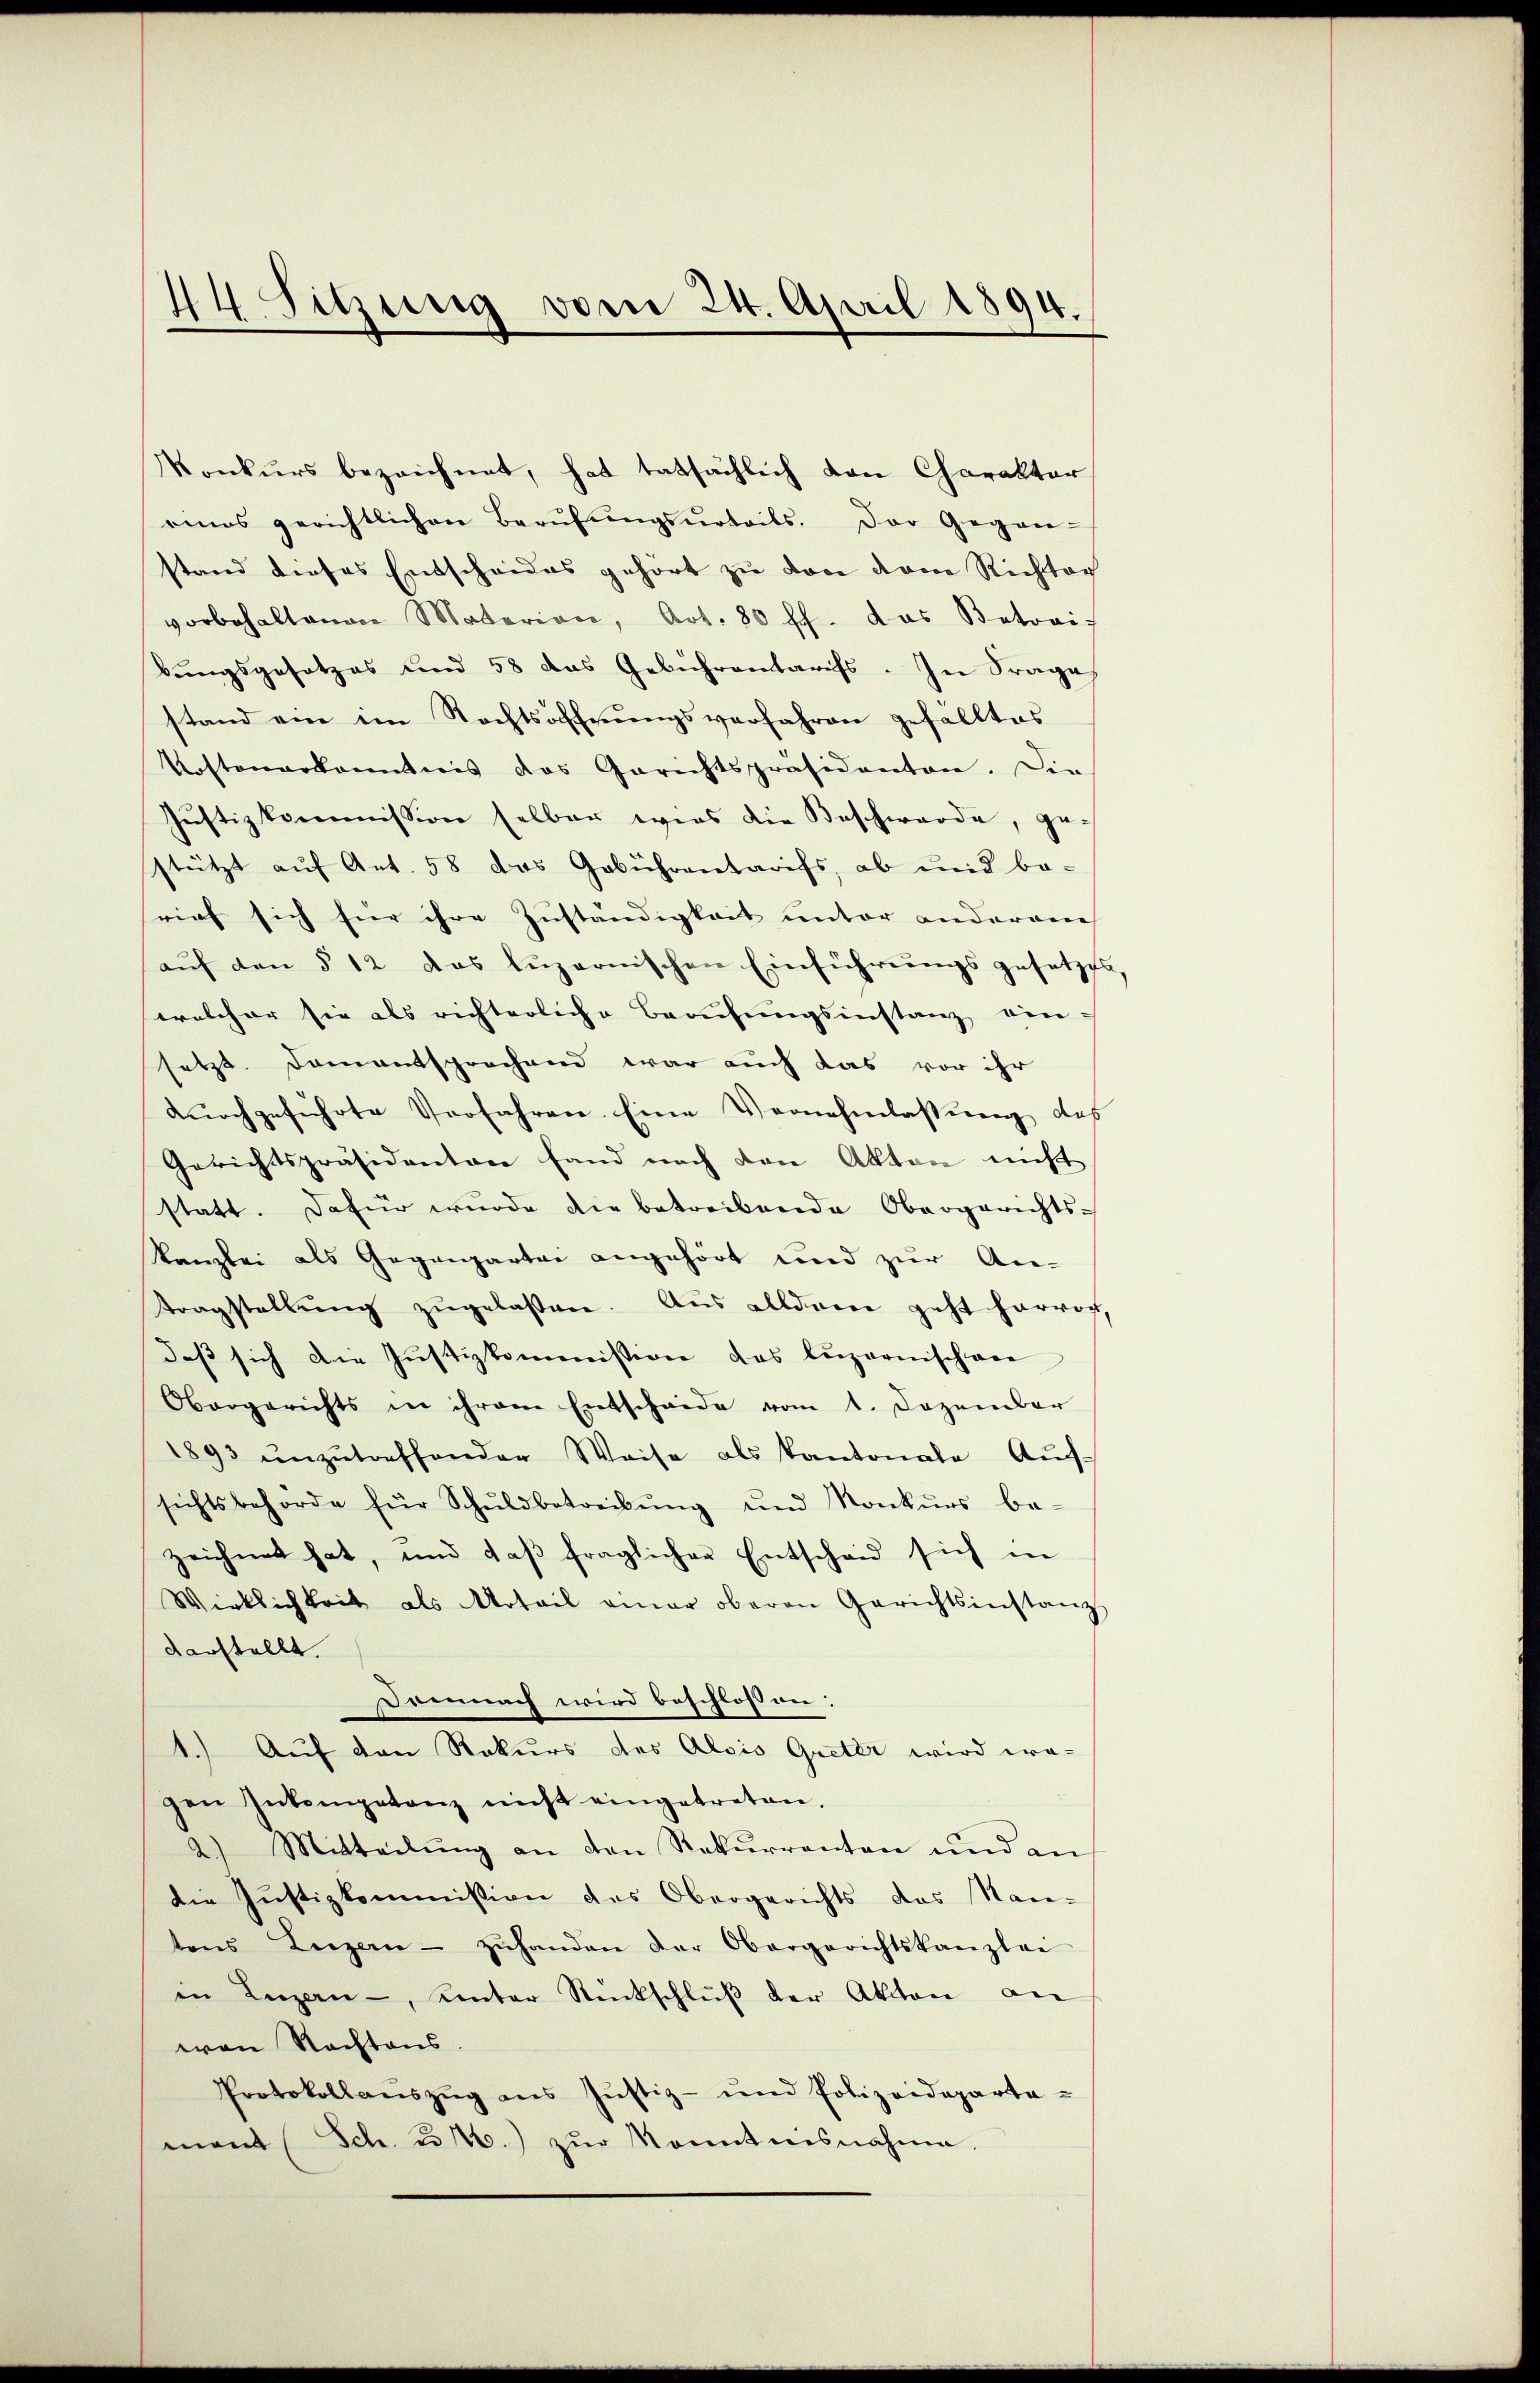
44 Sitzung vom 24. April 1894.

Konkŭrs bezeichnet, hat tatsächlich von Charakter
aios gerichtlichen Berŭfŭngsŭrteils. Der Gegen-
stand dieses Entscheides gehört zu von dem Richtac
vorbehaltenen Materian, Art. 80 ff. das Betrai-
bŭngsgesetzes und 58 das Gebührentariss. In Frage
stand ein im Rechtsoffnŭngsverfahren gefalltes
Kostenerkanntnis das Gerichtspräsidenten. Die
Jŭstizkommission selber wirs die Beschwerde, gestützt auf Art. 58 das Gebührentarifs, ab und be-
srief sich für ihre Zuständigkeit unter anderene
aŭf den § 12 das luzernischen Einführungsgesetzes
welcher sie als richterliche Berufungsinstanz ein-
setzt. Damentsprechend war auch das vor ihr
dŭrchgeführte Verfahren. Eine Vernehmlassŭng des
Gerichtspräsidenten fand nach von Akten nicht
statt. Dafür wurde die betreibende Obergerichts-
kanzlei als Gegenpartei angehört und zur An-
tragstellŭng zugelassen. Aus alldame geht hervor,
daß sich die Justizkommission das luzernischen
Obergerichts in ihrem Entscheide vom 1. Dezember
1893 ŭnzŭtreffender Weise als Kantonale Aŭs-
sichtsbehörde für Schuldbetreibŭng und Konkurs be-
zeichnet hat, und daβ fraglicher Entscheid sich in
Wirklichkeit als Motail amar oberen Gerichtsinstanz
darstellt.
Demnach wird beschlossen:
1.) Auf den Rekurs des Alois Greter wird we-
gen Inkompetanz nicht eingetreten.
2) Mitteilŭng an den Rekurrenten und an
die Justizkommission des Obergerichts das Nan-
tens Luzern - zŭhanden der Obergerichtskanzlei
in Luzern, unter Rückschlŭβ der Aktion an
wan Nachtens.
Protokollaŭszŭg ans Jŭstiz- und Polizeideparta-
mant (Sch. u 2.) zur Kenntnisnahme.